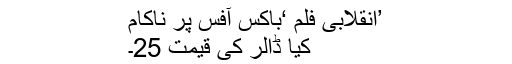
’انقلابی فلم ‘باکس آفس پر ناکام
کیا ڈالر کی قیمت 25۔